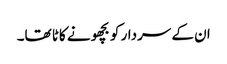
ان کے سردار کو بچھو نے کاٹا تھا۔